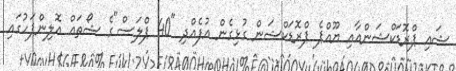
ޝައި ޕްރޮޑަކްޝަންއާއި ޔޫއްޕެ ޕްރޮޑަކްޝަން ގުޅިގެން އުފެއްދި "40 ޕްލަސް"ގެ ޝޯތައް އޮލިންޕަހުގައި